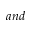
a n d